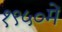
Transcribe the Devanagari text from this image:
१९५०में